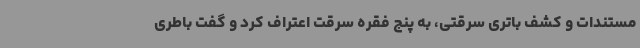
مستندات و کشف باتری سرقتی، به پنج فقره سرقت اعتراف کرد و گفت باطری